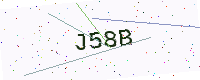
Text: J58B